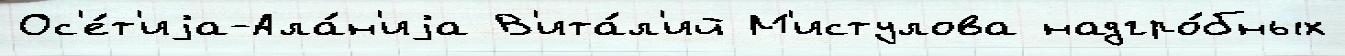
Ос'е́т'иjа-Ала́н'иjа В'ита́л'ий М'истулова надгро́бных